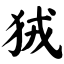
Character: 狨